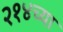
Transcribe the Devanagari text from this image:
२१४च्या